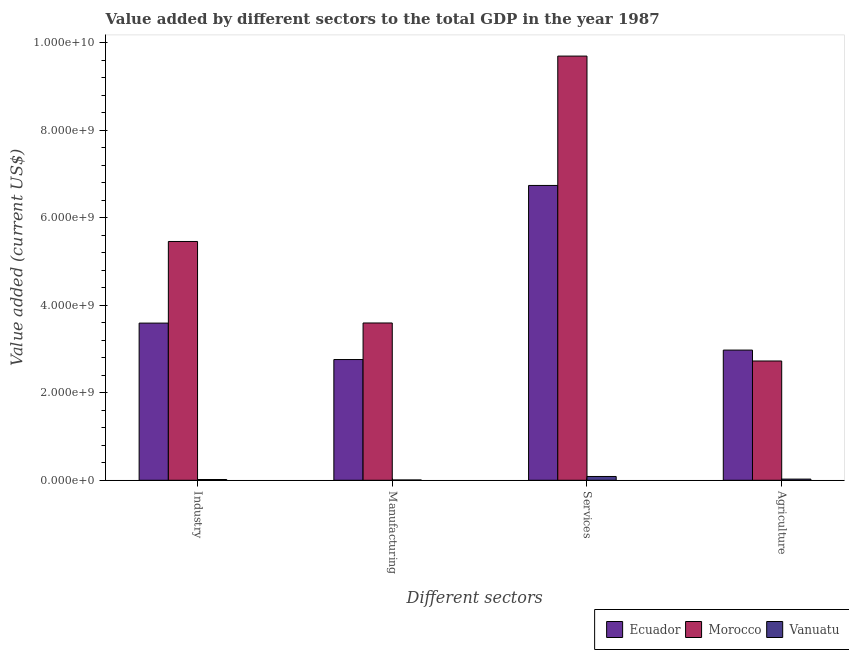
| Different sectors | Ecuador | Morocco | Vanuatu |
 | --- | --- | --- | --- |
 | Industry | 3.59e+09 | 5.46e+09 | 1.75e+07 |
 | Manufacturing | 2.76e+09 | 3.6e+09 | 6.66e+06 |
 | Services | 6.74e+09 | 9.7e+09 | 8.67e+07 |
 | Agriculture | 2.98e+09 | 2.73e+09 | 2.66e+07 |